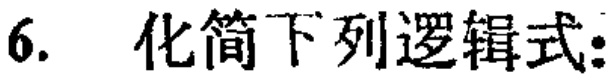
6. 化简下列逻辑式: